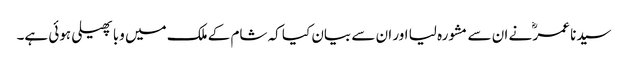
سیدنا عمرؓ نے ان سے مشورہ لیا اور ان سے بیان کیا کہ شام کے ملک میں وبا پھیلی ہوئی ہے۔